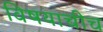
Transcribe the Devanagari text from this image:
विषयाचीच